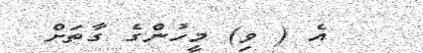
އެ ( ވި) މީހުންގެ ގާތަށް